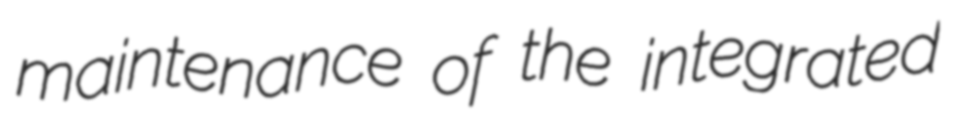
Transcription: maintenance of the integrated